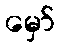
မှော်